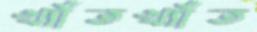
খ্যাঁতখ্যাঁত